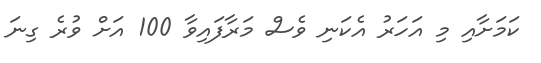
ކަމަށާއި މި އަހަރު އެކަނި ވެސް މަރާފައިވާ 100 އަށް ވުރެ ގިނަ